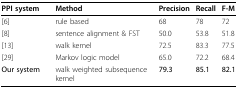
<table><thead><tr><td><b>PPI system</b></td><td><b>Method</b></td><td><b>Precision</b></td><td><b>Recall</b></td><td><b>F-M</b></td></tr></thead><tbody><tr><td>[6]</td><td>rule based</td><td>68</td><td>78</td><td>72</td></tr><tr><td>[8]</td><td>sentence alignment &amp; FST</td><td>50.0</td><td>53.8</td><td>51.8</td></tr><tr><td>[13]</td><td>walk kernel</td><td>72.5</td><td>83.3</td><td>77.5</td></tr><tr><td>[29]</td><td>Markov logic model</td><td>65.0</td><td>72.2</td><td>68.4</td></tr><tr><td><b>Our system</b></td><td>walk weighted subsequence kernel</td><td><b>79.3</b></td><td><b>85.1</b></td><td><b>82.1</b></td></tr></tbody></table>